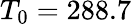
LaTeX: T_{0}=288.7